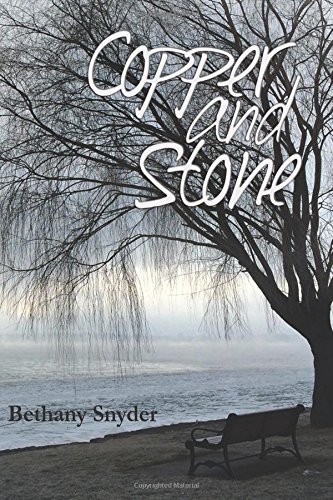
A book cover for Copper and Stone: stories; Bethany Snyder; Literature & Fiction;